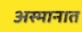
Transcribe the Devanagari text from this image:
अस्मानात